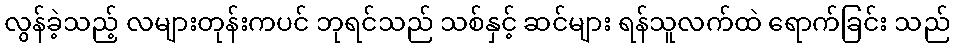
လွန်ခဲ့သည့် လများတုန်းကပင် ဘုရင်သည် သစ်နှင့် ဆင်များ ရန်သူလက်ထဲ ရောက်ခြင်း သည်